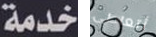
خدمة أتعاطى